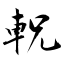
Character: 軦